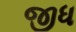
જીધ